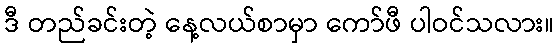
ဒီ တည်ခင်းတဲ့ နေ့လယ်စာမှာ ကော်ဖီ ပါဝင်သလား။